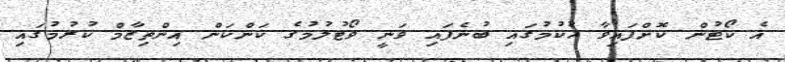
އެ ކޯޓުން ކޮށްފައިވާ ހުކުމުގައި ބުނެފައި ވަނީ ވޯޓުލުމުގެ ކަންކަން އިންތިޒާމް ކުރުމުގައި